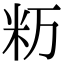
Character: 𥸯